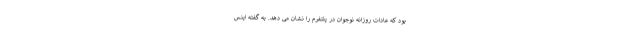
بود که عادات روزانه نوجوان در پلتفرم را نشان می دهد. به گفته اینس